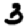
Digit: 3